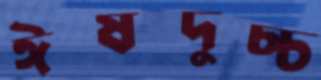
ঈষদুচ্চ